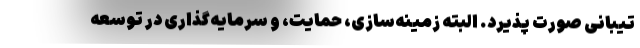
تیبانی صورت پذیرد. البته زمینه‌سازی، حمایت، و سرمایه‌گذاری در توسعه